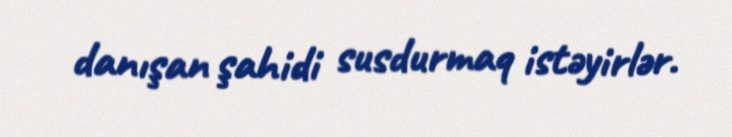
danışan şahidi susdurmaq istəyirlər.